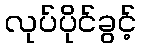
လုပ်ပိုင်ခွင့်